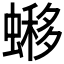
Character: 𧐹